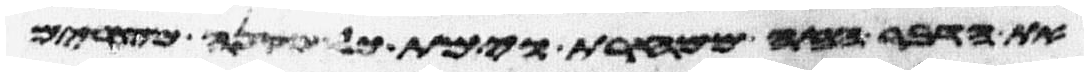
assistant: את הדבר הזה ממחרת וימת כל מקנה מצרים